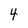
Character: 4